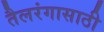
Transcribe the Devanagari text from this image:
तैलरंगासाठी